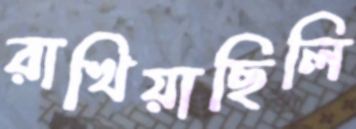
রাখিয়াছিলি